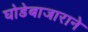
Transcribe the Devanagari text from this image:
घोडेबाजाराने